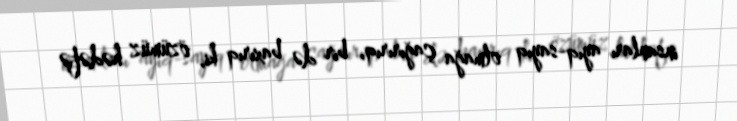
insanları ayıq-sayıq olmağa çağırırıq, bir də baxırıq ki, özümüz hədəfə